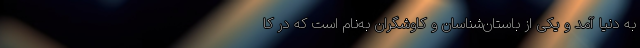
به دنیا آمد و یکی از باستان‌شناسان و کاوشگران به‌نام است که در کا